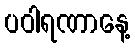
ပဝါရဏာနေ့